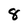
Character: 8